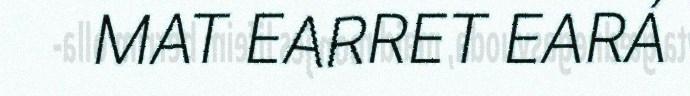
MAT EARRET EARÁ